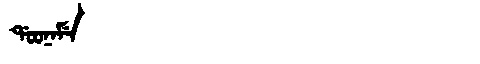
Manchu: ᡩᠣᠣᠨᠠᠮᡝ
Romanization: DOONAME